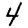
Digit: 4